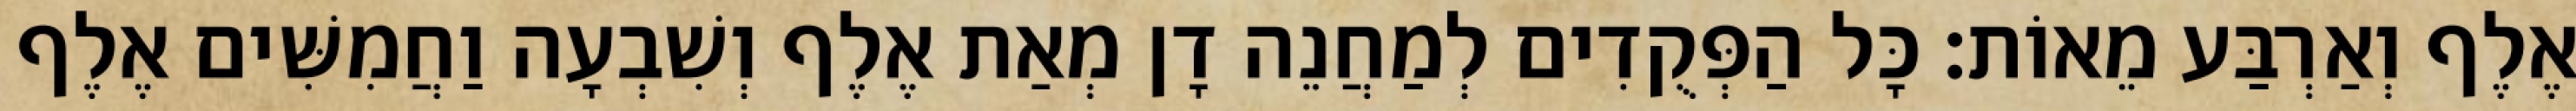
אֶלֶף וְאַרְבַּע מֵאוֹת׃ כָּל הַפְּקֻדִים לְמַחֲנֵה דָן מְאַת אֶלֶף וְשִׁבְעָה וַחֲמִשִּׁים אֶלֶף